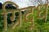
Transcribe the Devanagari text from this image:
ग्रिद्ध